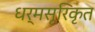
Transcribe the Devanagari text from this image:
धर्मसूरिकृत